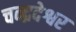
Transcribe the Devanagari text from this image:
चन्द्रदेश्वर